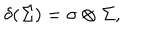
\delta ( { \mit \Sigma } ) = \sigma \otimes { \mit \Sigma } ,